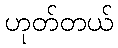
ဟုတ်တယ်